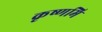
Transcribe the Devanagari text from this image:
कृष्णमि